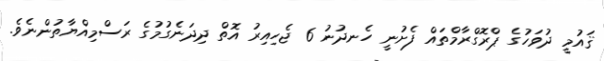
ޤައުމީ ދުވަހުގެ ޕްރޮގްރާމްތައް ފެށުނީ ހެނދުނު 6 ޖެހިއިރު އޮތް ދިދަނެގުމުގެ ރަސްމިއްޔާތުންނެވެ.